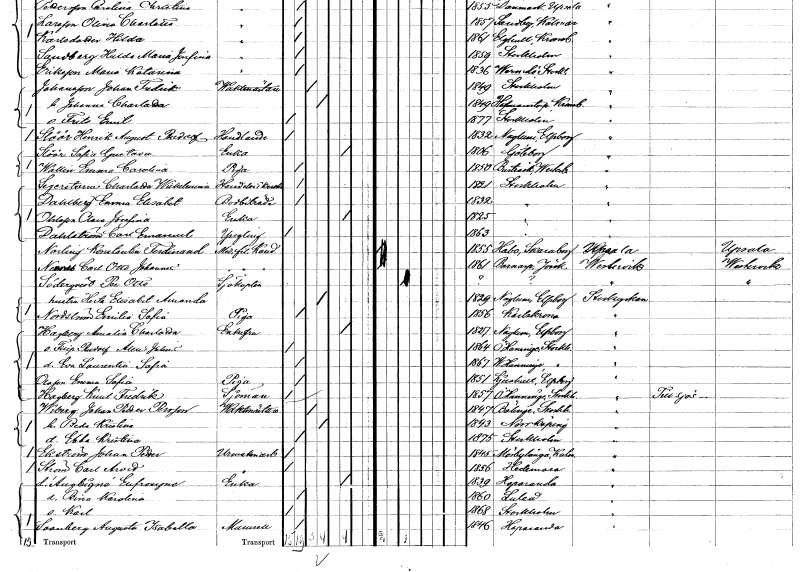
gt_parse: households: individuals: FN: Henrik August Rudolf
EN: Slöör
YRKE: Handlande
KON: M
CIV: O
FODAR: 1832
FODFORS: Naglum Älvsborgs län
FN: Sofia Gustava
EN: Slöör
YRKE: Änka
KON: K
CIV: E
FODAR: 1806
FODFORS: Göteborg Göteborgs- och Bohuslän
FN: Emma Carolina
EN: Wallin
YRKE: Piga
KON: K
CIV: O
FODAR: 1850
FODFORS: Burträsk Västerbottens län
FN: Charlotta Wilhelmina
EN: Segerstorm
YRKE: Handelsidkerska
KON: K
CIV: O
FODAR: 1821
FODFORS: Stockholm
FN: Emma Elisabet
EN: Dahlberg
YRKE: Bodbiträde
KON: K
CIV: O
FODAR: 1832
FODFORS: Stockholm
FN: Clara Josefina
EN: Ohlsson
YRKE: Änka
KON: K
CIV: E
FODAR: 1825
FODFORS: Stockholm
FN: Carl Emanuel
EN: Dahlström
KON: M
CIV: O
FODAR: 1863
FODFORS: Stockholm
FN: Konstantin Ferdinand
EN: Norling
YRKE: Medicine fil. Kand.
KON: M
CIV: O
FODAR: 1855
FODFORS: Habo Skaraborgs län
FN: Carl Otto Johannes
EN: Nennes
YRKE: Medicine fil. Kand.
KON: M
CIV: O
FODAR: 1861
FODFORS: Barnarp Jönköpings län
FN: Per Otto
EN: Söderqvist
YRKE: Sjökapten
KON: M
CIV: G
FODAR: ????
FN: Herta Elisabet Amanda
YRKE: Hustru
KON: K
CIV: G
FODAR: 1829
FODFORS: Naglum Älvsborgs län
FN: Emilia Sofia
EN: Nordström
YRKE: Piga
KON: K
CIV: O
FODAR: 1856
FODFORS: Karlskrona Blekinge län
FN: Amalia Charlotta
EN: Hagberg
KON: K
CIV: E
FODAR: 1827
FODFORS: Naglum Älvsborgs län
FN: Filip Rudolf Alexis Julius
KON: M
CIV: O
FODAR: 1864
FODFORS: Österhaninge Stockholms län
FN: Eva Laurentia Sofia
KON: K
CIV: O
FODAR: 1867
FODFORS: Västerhaninge Stockholms län
FN: Emma Sofia
EN: Olsson
YRKE: Piga
KON: K
CIV: O
FODAR: 1851
FODFORS: Ljushult Älvsborgs län
FN: Knut Fredrik
EN: Hagberg
YRKE: Sjöman
KON: M
CIV: O
FODAR: 1857
FODFORS: Österhaninge Stockholms län
FN: Johan Petter
EN: Wiberg Persson
YRKE: Vaktmästare
KON: M
CIV: G
FODAR: 1847
FODFORS: Bälinge Uppsala län
FN: Beda Kristina
KON: K
CIV: G
FODAR: 1843
FODFORS: Norrköping Östergötlands län
FN: Ebba Kristina
KON: K
CIV: O
FODAR: 1875
FODFORS: Stockholm
FN: Johan Petter
EN: Ekström
YRKE: Urmakeriarbetare
KON: M
CIV: O
FODAR: 1845
FODFORS: Mörbylånga Kalmar län
FN: Carl Arvid
EN: Ström
YRKE: Urmakeriarbetare
KON: M
CIV: O
FODAR: 1856
FODFORS: Hedemora Kopparbergs län
FN: Eufrosyne
EN: d`Augbignè
YRKE: Änka
KON: K
CIV: E
FODAR: 1839
FODFORS: Haparanda Norrbottens län
FN: Bina Karolina
KON: K
CIV: O
FODAR: 1860
FODFORS: Luleå Norrbottens län
FN: Karl
KON: M
CIV: O
FODAR: 1868
FODFORS: Stockholm
FN: Augusta Isabella
EN: Svanberg
KON: K
CIV: O
FODAR: 1846
FODFORS: Haparanda Norrbottens län